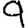
Digit: 9